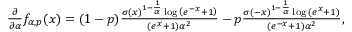
\begin{array} { r } { \frac { \partial } { \partial \alpha } f _ { \alpha , p } ( x ) = ( 1 - p ) \frac { \sigma ( x ) ^ { 1 - \frac { 1 } { \alpha } } \log { \left( e ^ { - x } + 1 \right) } } { ( e ^ { x } + 1 ) \alpha ^ { 2 } } - p \frac { \sigma ( - x ) ^ { 1 - \frac { 1 } { \alpha } } \log { ( e ^ { x } + 1 ) } } { ( e ^ { - x } + 1 ) \alpha ^ { 2 } } , } \end{array}